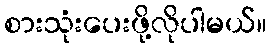
စားသုံးပေးဖို့လိုပါမယ်။